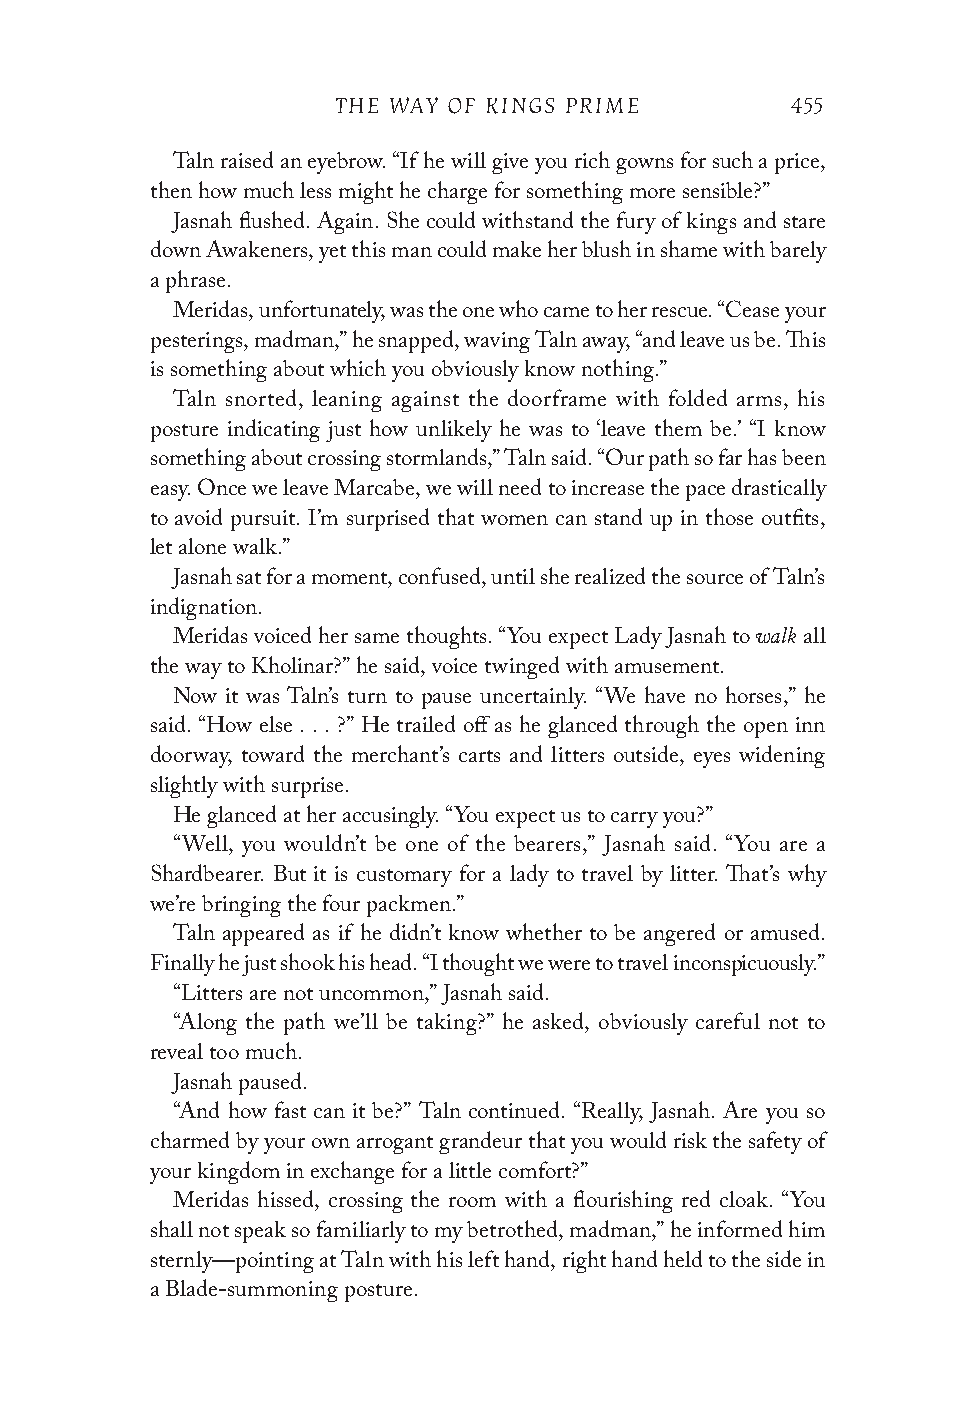
THE WAY OF KINGS PRIME        455
 Taln raised an eyebrow. “If he will give you rich gowns for such a price,
 then how much less might he charge for something more sensible?”
 Jasnah flushed. Again. She could withstand the fury of kings and stare
 down Awakeners, yet this man could make her blush in shame with barely
 a phrase.
 Meridas, unfortunately, was the one who came to her rescue. “Cease your
 pesterings, madman,” he snapped, waving Taln away, “and leave us be. This
 is something about which you obviously know nothing.”
 Taln snorted, leaning against the doorframe with folded arms, his
 posture indicating just how unlikely he was to ‘leave them be.’ “I know
 something about crossing stormlands,” Taln said. “Our path so far has been
 easy. Once we leave Marcabe, we will need to increase the pace drastically
 to avoid pursuit. I’m surprised that women can stand up in those outfits,
 let alone walk.”
 Jasnah sat for a moment, confused, until she realized the source of Taln’s
 indignation.
 walk
 Meridas voiced her same thoughts. “You expect Lady Jasnah to all
 the way to Kholinar?” he said, voice twinged with amusement.
 Now it was Taln’s turn to pause uncertainly. “We have no horses,” he
 said. “How else . . . ?” He trailed off as he glanced through the open inn
 doorway, toward the merchant’s carts and litters outside, eyes widening
 slightly with surprise.
 He glanced at her accusingly. “You expect us to carry you?”
 “Well, you wouldn’t be one of the bearers,” Jasnah said. “You are a
 Shardbearer. But it is customary for a lady to travel by litter. That’s why
 we’re bringing the four packmen.”
 Taln appeared as if he didn’t know whether to be angered or amused.
 Finally he just shook his head. “I thought we were to travel incons picuously.”
 “Litters are not uncommon,” Jasnah said.
 “Along the path we’ll be taking?” he asked, obviously careful not to
 reveal too much.
 Jasnah paused.
 “And how fast can it be?” Taln continued. “Really, Jasnah. Are you so
 charmed by your own arrogant grandeur that you would risk the safety of
 your kingdom in exchange for a little comfort?”
 Meridas hissed, crossing the room with a flourishing red cloak. “You
 shall not speak so familiarly to my betrothed, madman,” he informed him
 sternly—pointing at Taln with his left hand, right hand held to the side in
 a Blade-summoning posture.